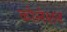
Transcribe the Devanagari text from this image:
कोलेशन